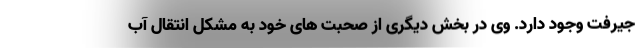
جیرفت وجود دارد. وی در بخش دیگری از صحبت های خود به مشکل انتقال آب